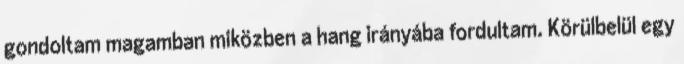
gondoltam magamban miközben a hang irányába fordultam. Körülbelül egy